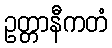
ဥတ္တာနီကတံ